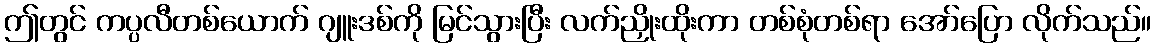
ဤတွင် ကပ္ပလီတစ်ယောက် ဂျူးဒစ်ကို မြင်သွားပြီး လက်ညှိုးထိုးကာ တစ်စုံတစ်ရာ အော်ပြော လိုက်သည်။